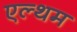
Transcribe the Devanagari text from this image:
एल्थम